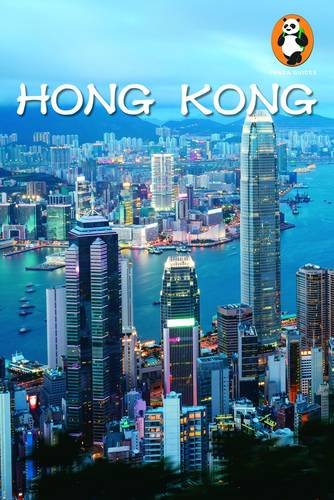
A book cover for Hong Kong (Panda Guides); Mitchell Blatt; Travel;